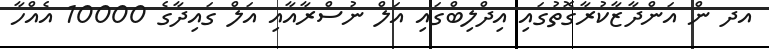
އދ ން އަންދާޒާކުރާގޮތުގައި އިދްލިބްގައި އަލް ނުސްރާއާއި އަލް ގައިދާގެ 10000 އެއްހާ